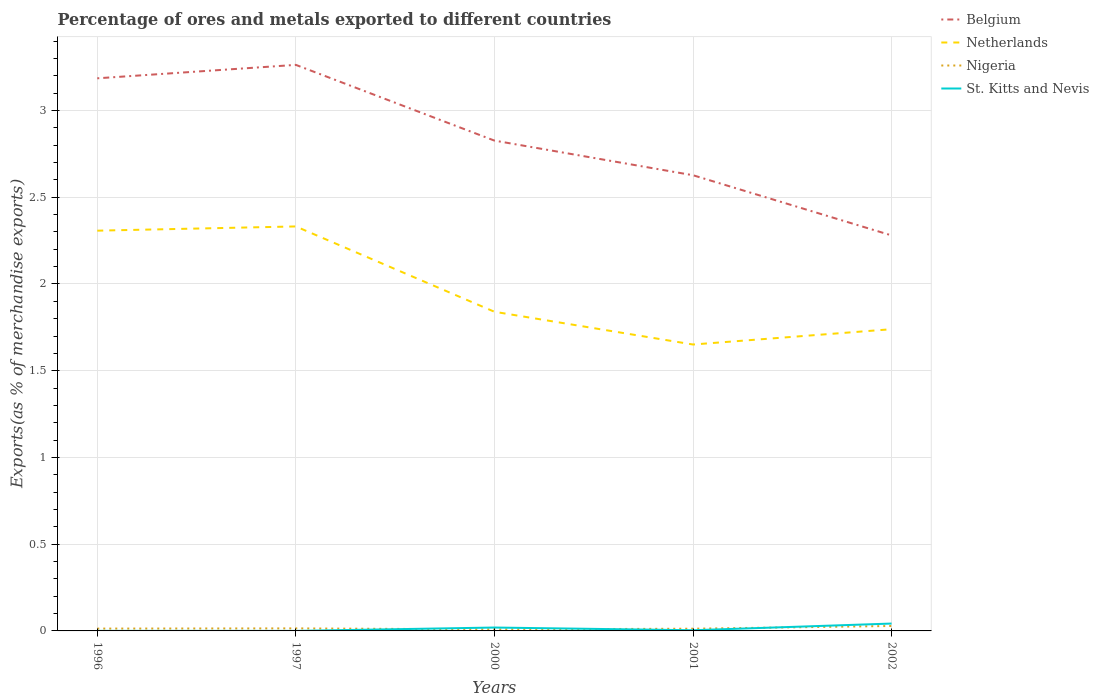
| Years | Belgium | Netherlands | Nigeria | St. Kitts and Nevis |
 | --- | --- | --- | --- | --- |
 | 1996 | 3.19 | 2.31 | 0.0134 | 0.000239 |
 | 1997 | 3.26 | 2.33 | 0.0146 | 0.000155 |
 | 2000 | 2.83 | 1.84 | 0.00871 | 0.0196 |
 | 2001 | 2.63 | 1.65 | 0.0128 | 0.00397 |
 | 2002 | 2.28 | 1.74 | 0.0285 | 0.0425 |